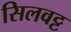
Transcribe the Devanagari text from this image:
सिलवट्ट